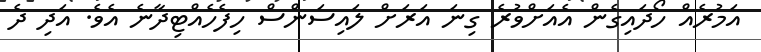
އަމުރެއް ހޯދައިގެން އެއަށްވުރެ ގިނަ އަރަށް ލައިސަންސް ހިފެހެއްޓިދާނެ އެވެ. އަދި ދެ